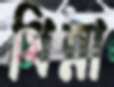
ধিন্না